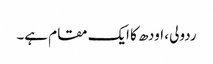
ردولی ، اودھ کا ایک مقام ہے۔